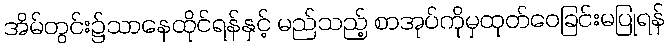
အိမ်တွင်း၌သာနေထိုင်ရန်နှင့် မည်သည့် စာအုပ်ကိုမှထုတ်ဝေခြင်းမပြုရန်